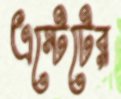
এস্টেটের